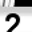
Digit: 2